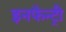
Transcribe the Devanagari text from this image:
इनफैन्ट्री